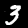
Digit: 3